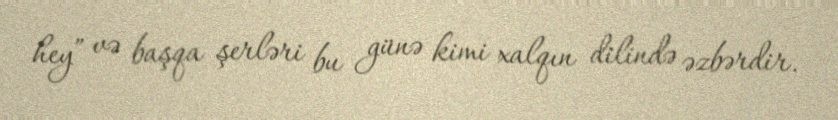
hey” və başqa şerləri bu günə kimi xalqın dilində əzbərdir.